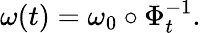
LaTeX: \omega(t)=\omega_{0}\circ\Phi_{t}^{-1}.